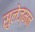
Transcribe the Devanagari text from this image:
सुलेज्मन